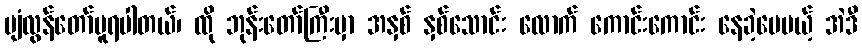
ပျံလွန်တော်မူရပါတယ်၊ ထို ဘုန်းတော်ကြီးမှာ အနှစ် နှစ်သောင်း လောက် ကောင်းကောင်း နေခဲ့ပေမယ့် အဲဒီ